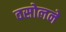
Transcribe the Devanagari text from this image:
वसोलने